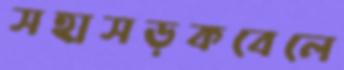
সহাসড়কবেলে